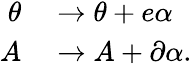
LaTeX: \begin{array}{rl}{\theta}&{{}\rightarrow\theta+e\alpha\, }\\ {A}&{{}\rightarrow A+\partial\alpha.}\end{array}